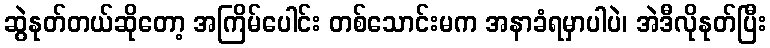
ဆွဲနုတ်တယ်ဆိုတော့ အကြိမ်ပေါင်း တစ်သောင်းမက အနာခံရမှာပါပဲ၊ အဲဒီလိုနုတ်ပြီး